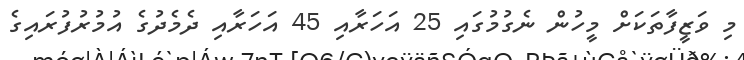
މި ވަޒީފާތަކަށް މީހުން ނެގުމުގައި 25 އަހަރާއި 45 އަހަރާއި ދެމެދުގެ އުމުރުފުރައިގެ